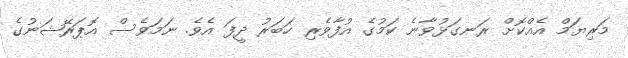
މަރިޔަމް އެއްކޮށް ރަނގަޅުވާނެ ކަމުގެ އުފާވެރި ހަބަރު ދީފަ އެވެ. ނަމަވެސް އޮޕަރޭޝަނުގެ